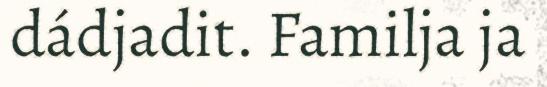
dádjadit. Familja ja